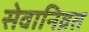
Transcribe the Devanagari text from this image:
सेवानिव्रत